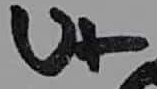
Text: U+